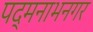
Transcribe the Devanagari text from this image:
पद्मनाभनगर